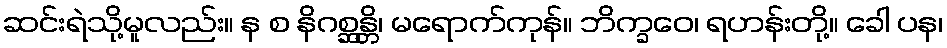
ဆင်းရဲသို့မူလည်း။ န စ နိဂစ္ဆန္တိ၊ မရောက်ကုန်။ ဘိက္ခဝေ၊ ရဟန်းတို့။ ခေါ ပန၊